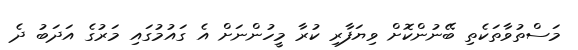
މަސްތުވާތަކެތި ބޭނުންކޮށް ވިޔަފާރި ކުރާ މީހުންނަށް އެ ގައުމުގައި މަރުގެ އަދަބު ދެ